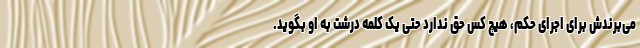
مى‌برندش برای اجرای حکم، هیچ کس حق ندارد حتى یک کلمه درشت به او بگوید.